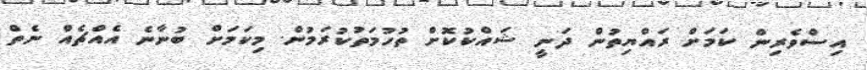
އިސްވެރިން ކަމަށް ރައްޔިތުން ދަނީ ޝައްކުކޮށް ތުހުމަތުކުރަމުން. މިކަމަށް ބުނާނެ އެއްޗެއް ނެތް